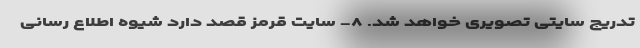
تدریج سایتی تصویری خواهد شد. ۸- سایت قرمز قصد دارد شیوه اطلاع رسانی